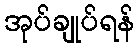
အုပ်ချုပ်ရန်